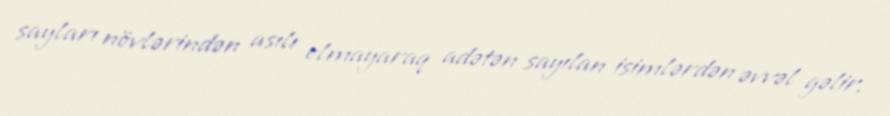
sayları növlərindən asılı olmayaraq adətən sayılan isimlərdən əvvəl gəlir.